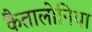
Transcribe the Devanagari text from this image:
कैतालोनिया